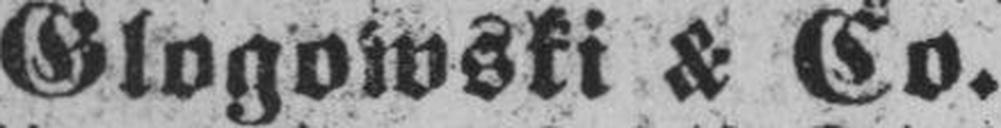
Glogowski & Co.